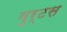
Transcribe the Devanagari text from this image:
वुर्टस